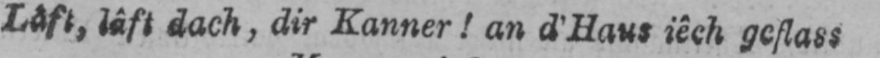
Lâft, lâft dach, dir Kanner! an d’Haus iêch geflass